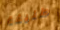
طليقة